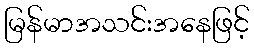
မြန်မာအသင်းအနေဖြင့်